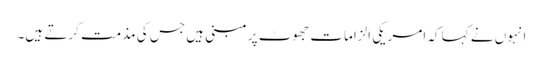
انہوں نے کہا کہ امریکی الزامات جھوٹ پر مبنی ہیں جس کی مذمت کرتے ہیں۔